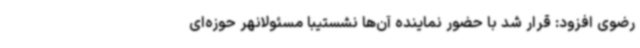
رضوی افزود: قرار شد با حضور نماینده آن‌ها نشستیبا مسئولانهر حوزه‌ای